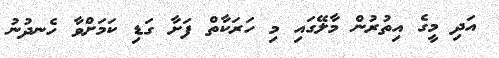
އަދި މީގެ އިތުރުން މާލޭގައި މި ހަރަކާތް ފަށާ ގަޑި ކަމަށްވާ ހެނދުނު